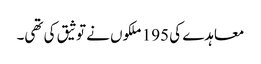
معاہدے کی 195 ملکوں نے توثیق کی تھی۔